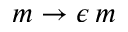
m \rightarrow \epsilon \, m